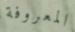
المعروفة